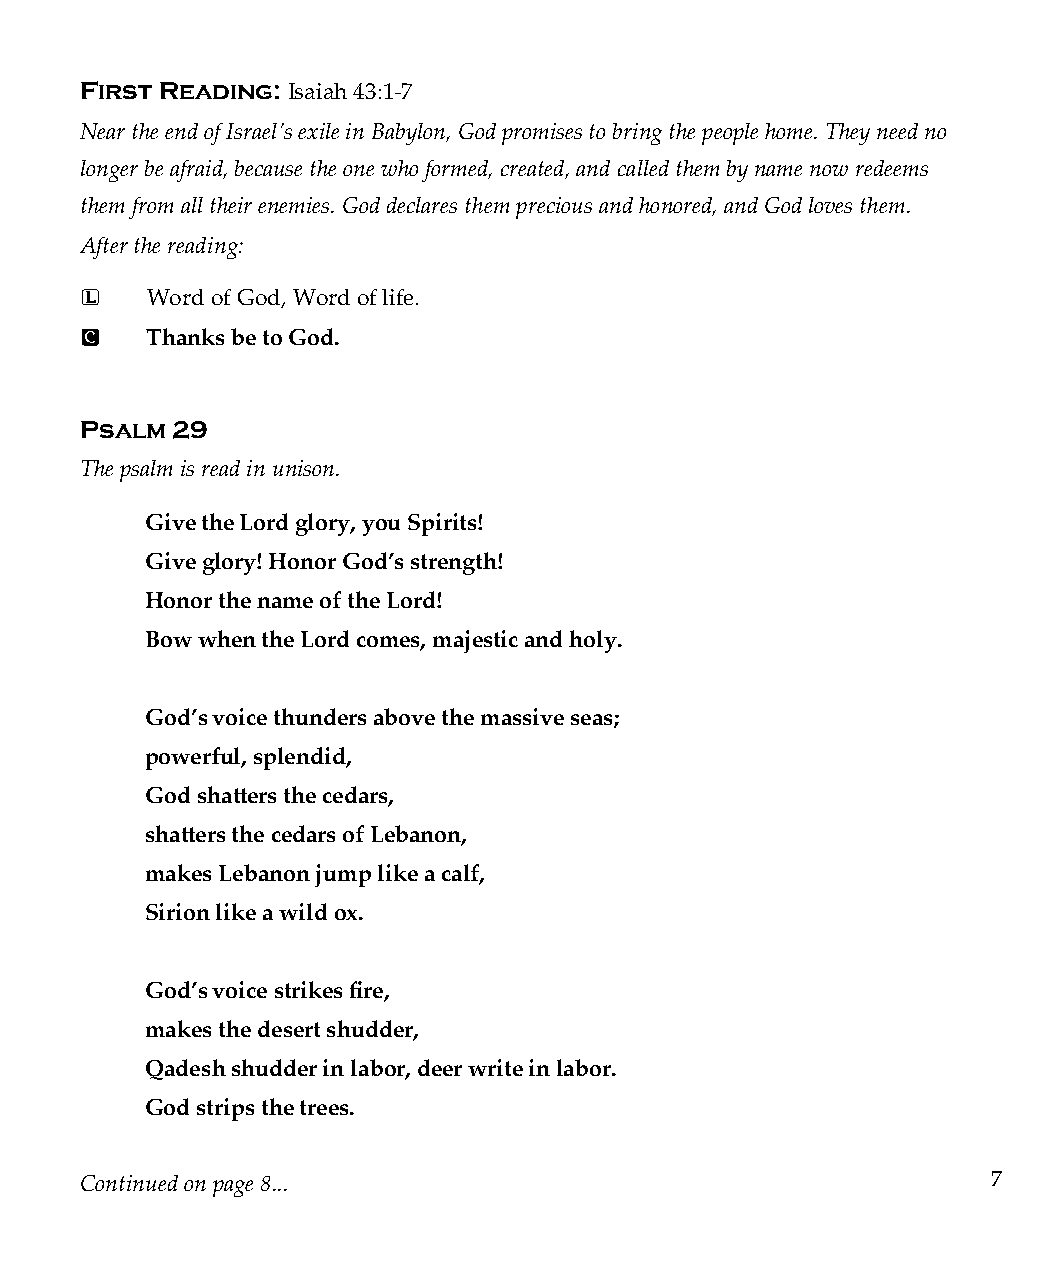
First Reading:
 Isaiah 43:1-7
 Near the end of Israel’s exile in Babylon, God promises to bring the people home. They need no
 longer be afraid, because the one who formed, created, and called them by name now redeems
 them from all their enemies. God declares them precious and honored, and God loves them.
 After the reading:
 L    Word of God, Word of life.
 C    Thanks be to God.
 Psalm 29
 The psalm is read in unison.
 Give the Lord glory, you Spirits!
 Give glory! Honor God’s strength!
 Honor the name of the Lord!
 Bow when the Lord comes, majestic and holy.
 God’s voice thunders above the massive seas;
 powerful, splendid,
 God shatters the cedars,
 shatters the cedars of Lebanon,
 makes Lebanon jump like a calf,
 Sirion like a wild ox.
 God’s voice strikes fire,
 makes the desert shudder,
 Qadesh shudder in labor, deer write in labor.
 God strips the trees.
 Continued on page 8...                                       7